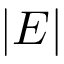
| E |